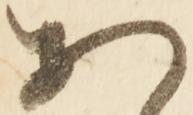
あ